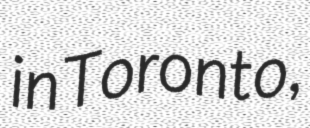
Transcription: in Toronto,